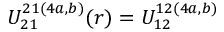
U _ { 2 1 } ^ { 2 1 ( 4 a , b ) } ( r ) = U _ { 1 2 } ^ { 1 2 ( 4 a , b ) }